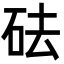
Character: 砝